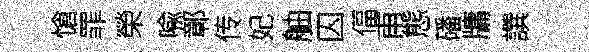
愴罪榮喩鄣传妃舳囚偪甫態磻牗譔